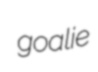
goalie